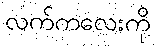
လက်ကလေးကို